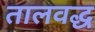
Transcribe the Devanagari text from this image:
तालवद्ध